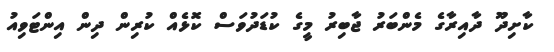
ކާށިދޫ ދާއިރާގެ މެންބަރު ޖާބިރު މީގެ ކުޑަދުވަސް ކޮޅެއް ކުރިން ދިން އިންޓަވިއު